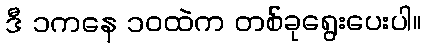
ဒီ ၁ကနေ ၁၀ထဲက တစ်ခုရွေးပေးပါ။